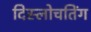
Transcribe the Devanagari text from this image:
दिस्लोचतिंग